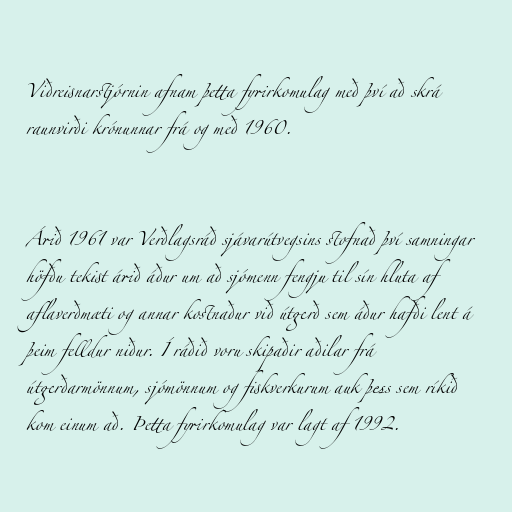
Viðreisnarstjórnin afnam þetta fyrirkomulag með því að skrá
raunvirði krónunnar frá og með 1960.

Árið 1961 var Verðlagsráð sjávarútvegsins stofnað því samningar
höfðu tekist árið áður um að sjómenn fengju til sín hluta af
aflaverðmæti og annar kostnaður við útgerð sem áður hafði lent á
þeim felldur niður. Í ráðið voru skipaðir aðilar frá
útgerðarmönnum, sjómönnum og fiskverkurum auk þess sem ríkið
kom einum að. Þetta fyrirkomulag var lagt af 1992.